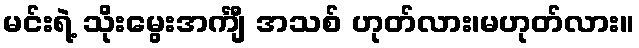
မင်းရဲ့ သိုးမွေးအင်္ကျီ အသစ် ဟုတ်လား၊မဟုတ်လား။